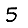
Digit: 5